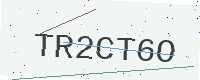
Text: TR2CT6O